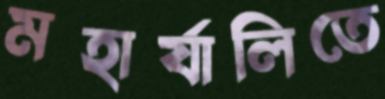
মহার্যালিতে